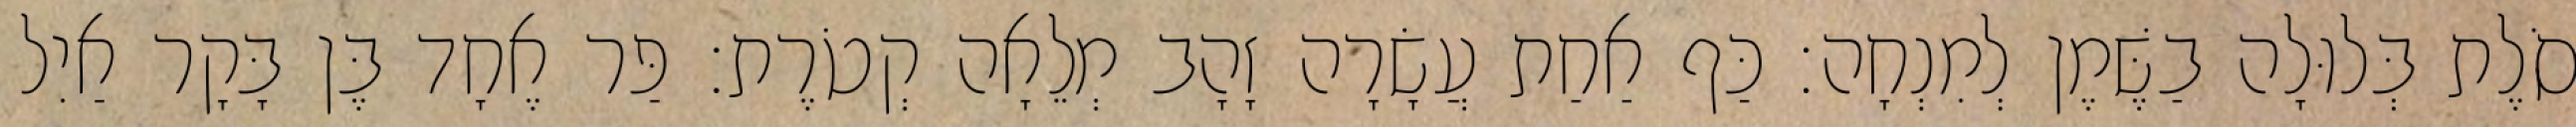
סֹלֶת בְּלוּלָה בַשֶּׁמֶן לְמִנְחָה׃ כַּף אַחַת עֲשָׂרָה זָהָב מְלֵאָה קְטֹרֶת׃ פַּר אֶחָד בֶּן בָּקָר אַיִל